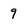
Character: 9